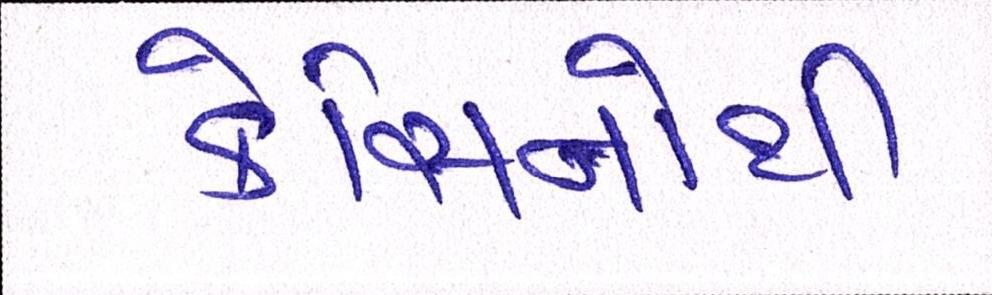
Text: કેસિનોથી